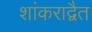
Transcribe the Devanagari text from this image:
शांकराद्वैत